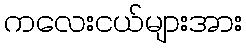
ကလေးငယ်များအား